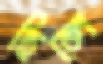
ছিলে